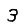
Digit: 3